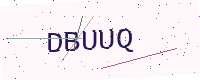
Text: DBUUQ